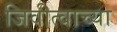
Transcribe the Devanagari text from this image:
जिवीत्वाच्या